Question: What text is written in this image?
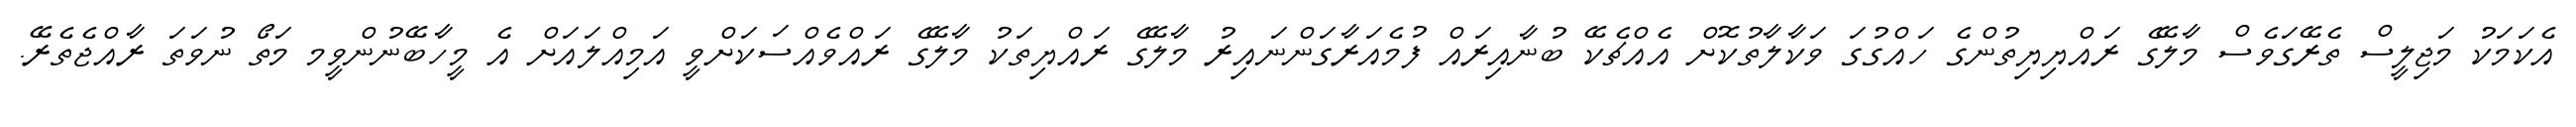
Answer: އެކަމަކު މަޖިލީސް ތެރޭގަވެސް މާލޭގެ ރައްޔިޔިތުންގެ ހައްގުގަ ވަކާލާތުކޮށް އެއްޗެކޭ ބުނާއިރައް ފުމެއަރާގަންނައިރު މާލޭގެ ރައްޔިތަކު މާލޭގެ ރައްވެއްސަކަށްވީ އަމިއްލައަށް އެ މީހާބޭނުންވީމ މަތޯ ނުވަތަ ރާއްޖެތެރޭ.